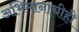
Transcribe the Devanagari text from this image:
अभिमानाचीही